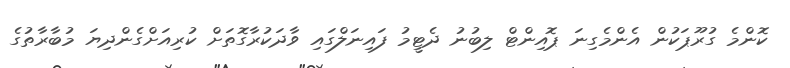
ކޮންމެ ގުރޫޕަކުން އެންމެގިނަ ޕޮއިންޓް ލިބުނު ދެޓީމު ފައިނަލްގައި ވާދަކުރާގޮތަށް ކުރިއަށްގެންދިޔަ މުބާރާތުގެ